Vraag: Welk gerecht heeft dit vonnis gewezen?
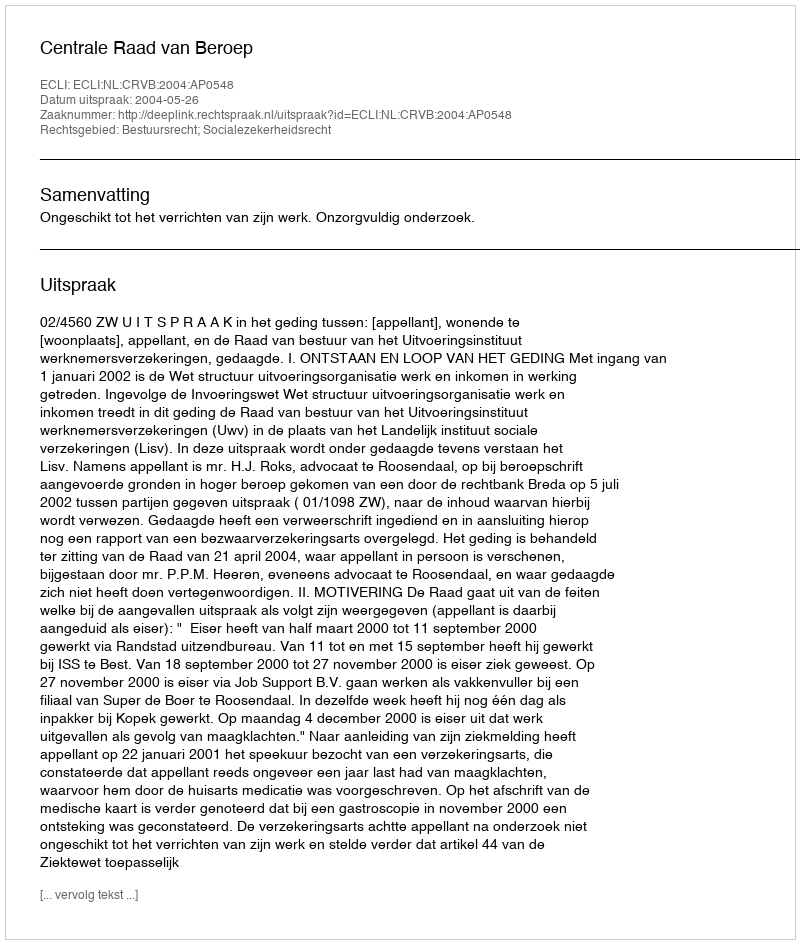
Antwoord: Centrale Raad van Beroep